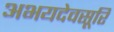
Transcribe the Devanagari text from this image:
अभयदेवसूरि